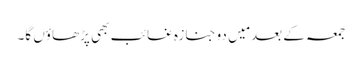
جمعہ کے بعد مَیں دو جنازہ غائب بھی پڑھاؤں گا۔